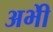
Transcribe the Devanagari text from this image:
अभीे